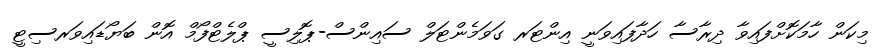
މިކަން ހާމަކޮށްފައިވާ ދިރާސާ ހަދާފައިވަނީ އިންޓަރ ގަވަމެންޓަލް ސައިންސް-ޕޮލިސީ ޕްލެޓްފޯމް އޮން ބަޔޯޑައިވަރސިޓީ